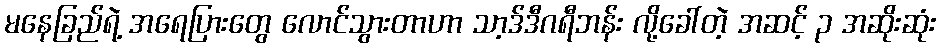
မနေခြည်ရဲ့ အရေပြားတွေ လောင်သွားတာဟာ သာ့ဒ်ဒီဂရီဘန်း လို့ခေါ်တဲ့ အဆင့် ၃ အဆိုးဆုံး